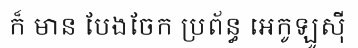
ក៏ មាន បែងចែក ប្រព័ន្ធ អេកូឡូស៊ី